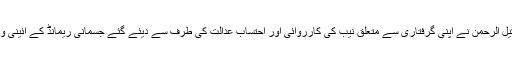
درخواست کے ذریعے میر شکیل الرحمٰن نے اپنی گرفتاری سے متعلق نیب کی کارروائی اور احتساب عدالت کی طرف سے دیئے گئے جسمانی ریمانڈ کے آئینی و قانونی جواز کو چیلنج کیا ہے ۔